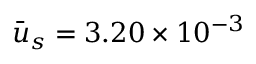
\bar { u } _ { s } = 3 . 2 0 \times { 1 0 ^ { - 3 } }